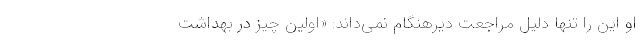
او این را تنها دلیل مراجعت دیرهنگام نمی‌داند: «اولین چیز در بهداشت